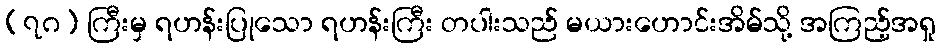
(၇ဂ) ကြီးမှ ရဟန်းပြုသော ရဟန်းကြီး တပါးသည် မယားဟောင်းအိမ်သို့ အကြည့်အရှု